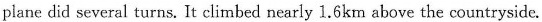
plane did several turns. It climbed nearly 1.6km above the countryside.